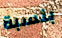
بنسبة